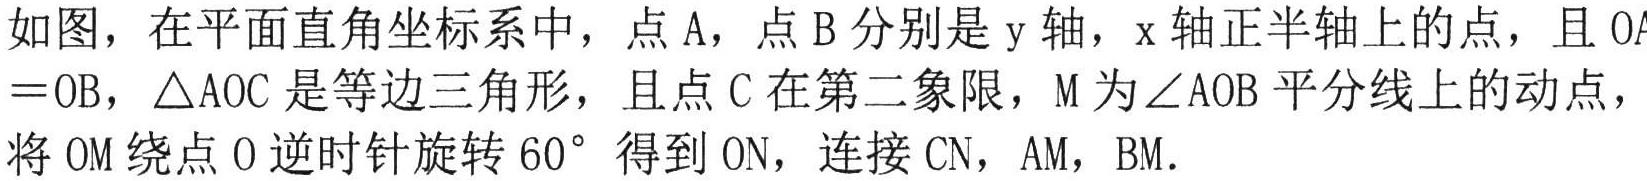
如图，在平面直角坐标系中，点 A，点 B 分别是 y 轴，x 轴正半轴上的点，且 \(OA = OB\)，\(\triangle AOC\) 是等边三角形，且点 C 在第二象限，M 为 \(\angle AOB\) 平分线上的动点，将 \(OM\) 绕点 O 逆时针旋转 \(60^{\circ}\) 得到 \(ON\)，连接 \(CN\)，\(AM\)，\(BM\)．